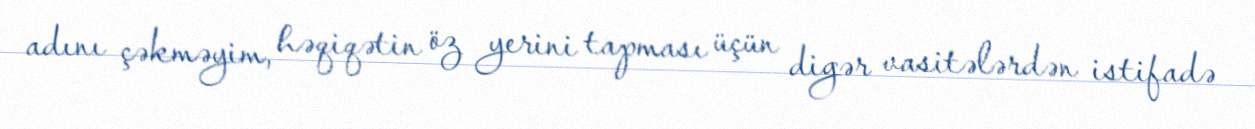
adını çəkməyim, həqiqətin öz yerini tapması üçün digər vasitələrdən istifadə